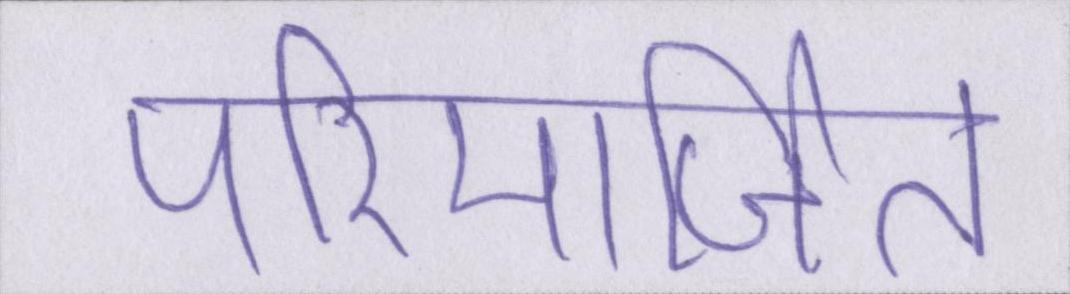
परिमार्जित